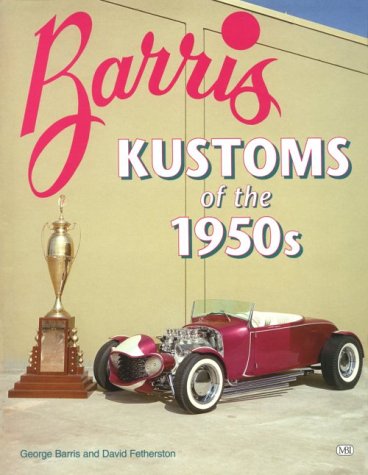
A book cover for Barris Kustoms of the 1950s; George Barris; Engineering & Transportation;